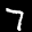
Label: 7